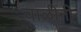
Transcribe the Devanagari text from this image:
चाळींनी